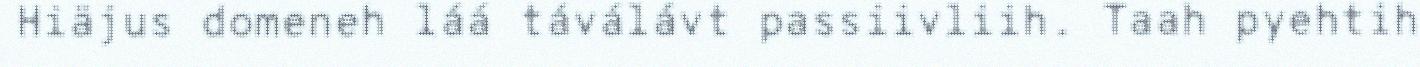
Hiäjus domeneh láá táválávt passiivliih. Taah pyehtih